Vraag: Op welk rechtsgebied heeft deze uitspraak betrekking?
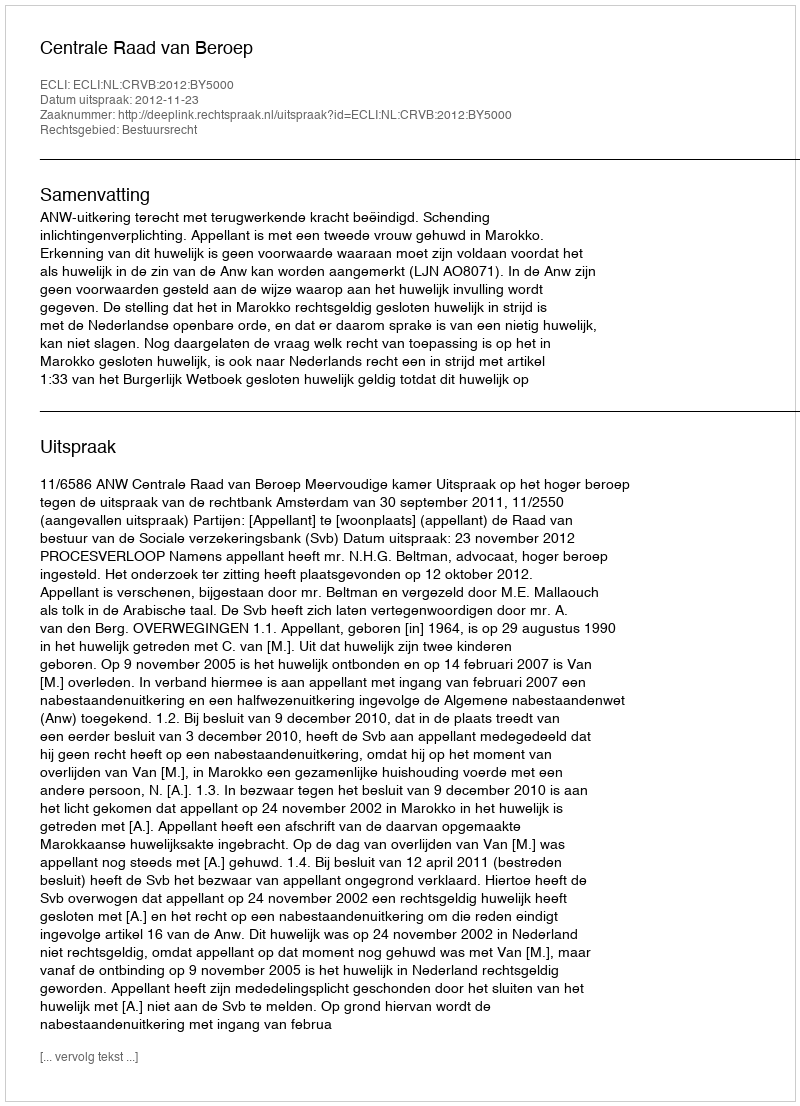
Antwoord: Bestuursrecht